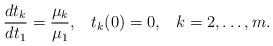
LaTeX: \begin{align*}\frac{dt_k}{dt_1}=\frac{\mu_k}{\mu_1},\;\;\;t_k(0)=0,\;\;\;k=2,\dots,m.\end{align*}